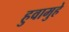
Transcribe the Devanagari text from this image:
हुवामुहे